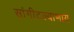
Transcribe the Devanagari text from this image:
सांगीटल्याणाय